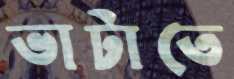
ভাটাতে